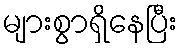
များစွာရှိနေပြီး